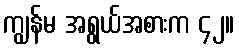
ကျွန်မ အရွယ်အစားက ၄၂။